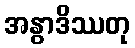
အနွာဒိဿတု